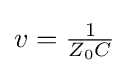
{\textstyle v={1 \over Z_{0}C}}